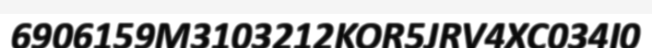
6906159M3103212KOR5JRV4XC034I0